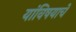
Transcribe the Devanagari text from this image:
यांविषयाचे